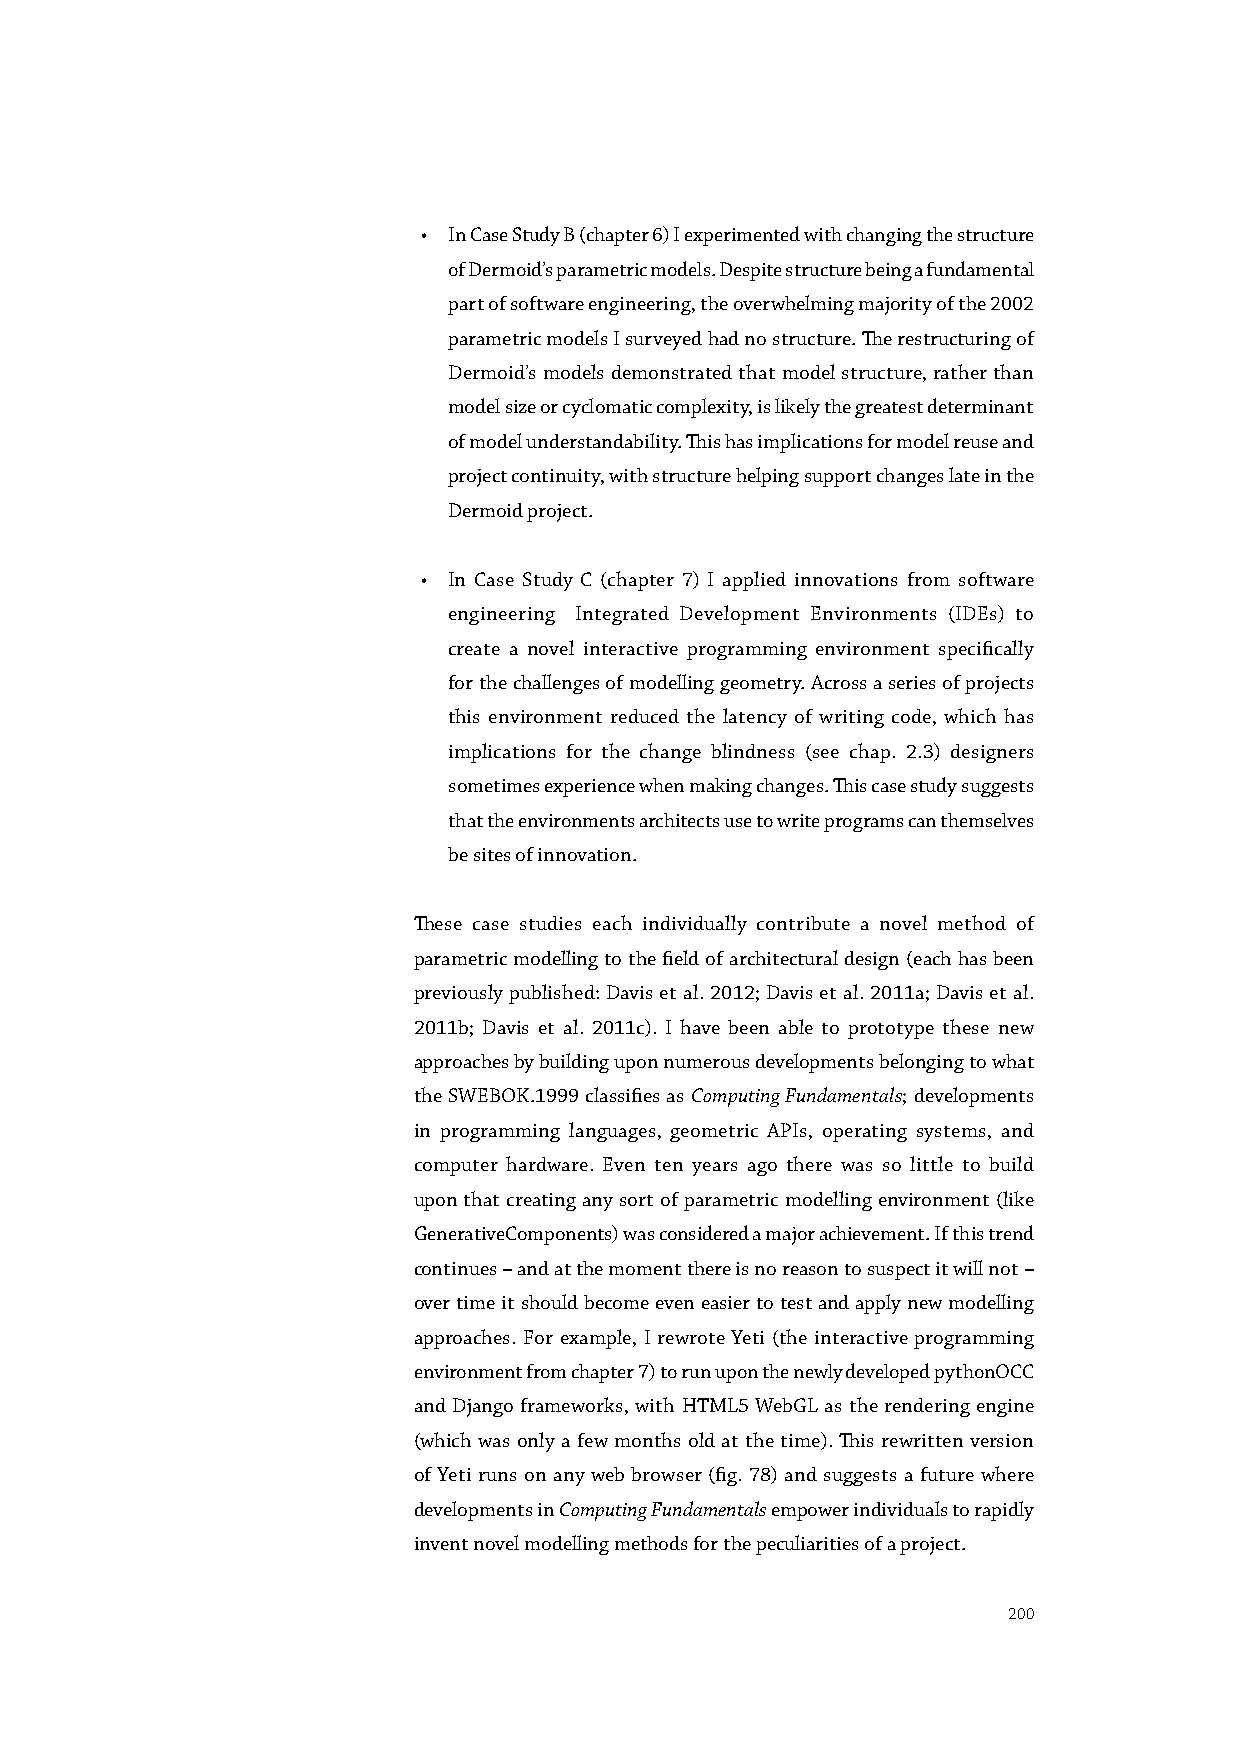
• In Case Study B (chapter 6) I experimented with changing the structure
 of Dermoid’s parametric models. Despite structure being a fundamental
 part of software engineering, the overwhelming majority of the 2002
 parametric models I surveyed had no structure. The restructuring of
 Dermoid’s models demonstrated that model structure, rather than
 model size or cyclomatic complexity, is likely the greatest determinant
 of model understandability. This has implications for model reuse and
 project continuity, with structure helping support changes late in the
 Dermoid project.
 • In Case Study C (chapter 7) I applied innovations from software
 engineering Integrated Development Environments (IDEs) to
 create a novel interactive programming environment specifically
 for the challenges of modelling geometry. Across a series of projects
 this environment reduced the latency of writing code, which has
 implications for the change blindness (see chap. 2.3) designers
 sometimes experience when making changes. This case study suggests
 that the environments architects use to write programs can themselves
 be sites of innovation.
 These case studies each individually contribute a novel method of
 parametric modelling to the field of architectural design (each has been
 previously published: Davis et al. 2012; Davis et al. 2011a; Davis et al.
 2011b; Davis et al. 2011c). I have been able to prototype these new
 approaches by building upon numerous developments belonging to what
 the SWEBOK.1999 classifies as Computing Fundamentals; developments
 in programming languages, geometric APIs, operating systems, and
 computer hardware. Even ten years ago there was so little to build
 upon that creating any sort of parametric modelling environment (like
 GenerativeComponents) was considered a major achievement. If this trend
 continues – and at the moment there is no reason to suspect it will not –
 over time it should become even easier to test and apply new modelling
 approaches. For example, I rewrote Yeti (the interactive programming
 environment from chapter 7) to run upon the newly developed pythonOCC
 and Django frameworks, with HTML5 WebGL as the rendering engine
 (which was only a few months old at the time). This rewritten version
 of Yeti runs on any web browser (fig. 78) and suggests a future where
 developments in Computing Fundamentals empower individuals to rapidly
 invent novel modelling methods for the peculiarities of a project.
 200